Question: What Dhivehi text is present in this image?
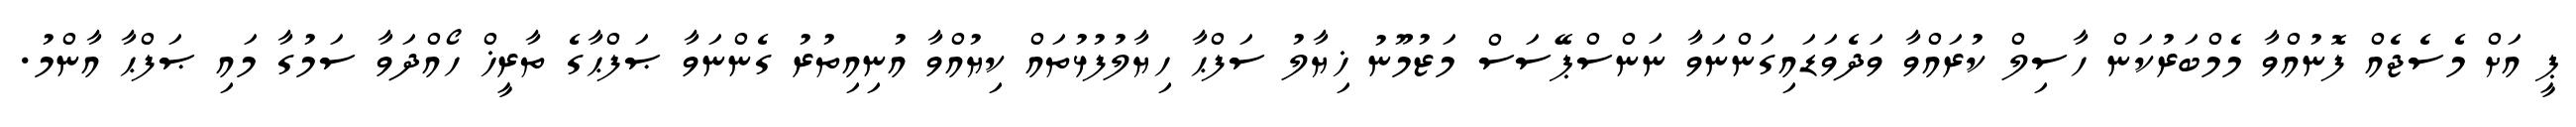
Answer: ޕީ އަށް މެސެޖެއް ފޮނުއްވާ މެމްބަރުކަން ހާސިލް ކުރައްވާ ވަދެވަޑައިގަންނަވާ ނަންސްޕޭސަސް މަޒުމޫނު ޚިޔާލު ސަފްޙާ ހިޔާލުފުޅުތައް ކިޔުއްވާ އުނިއިތުރު ގެންނަވާ ޞަފްޙާގެ ތާރީޚް ހޯއްދަވާ ސަމުގާ މައި ޞަފްޙާ އާންމު.